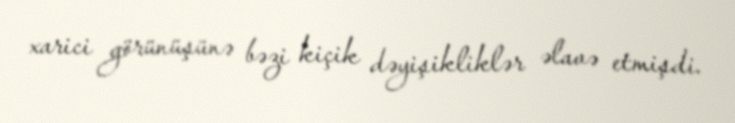
xarici görünüşünə bəzi kiçik dəyişikliklər əlavə etmişdi.